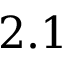
2 . 1